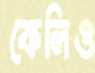
কেলিও